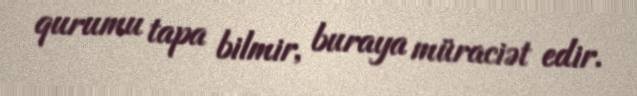
qurumu tapa bilmir, buraya müraciət edir.